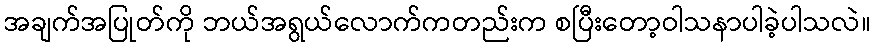
အချက်အပြုတ်ကို ဘယ်အရွယ်လောက်ကတည်းက စပြီးတော့ဝါသနာပါခဲ့ပါသလဲ။